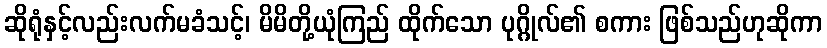
ဆိုရုံနှင့်လည်းလက်မခံသင့်၊ မိမိတို့ယုံကြည် ထိုက်သော ပုဂ္ဂိုလ်၏ စကား ဖြစ်သည်ဟုဆိုကာ